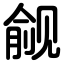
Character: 觎